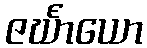
ဇင်္ဃာယော